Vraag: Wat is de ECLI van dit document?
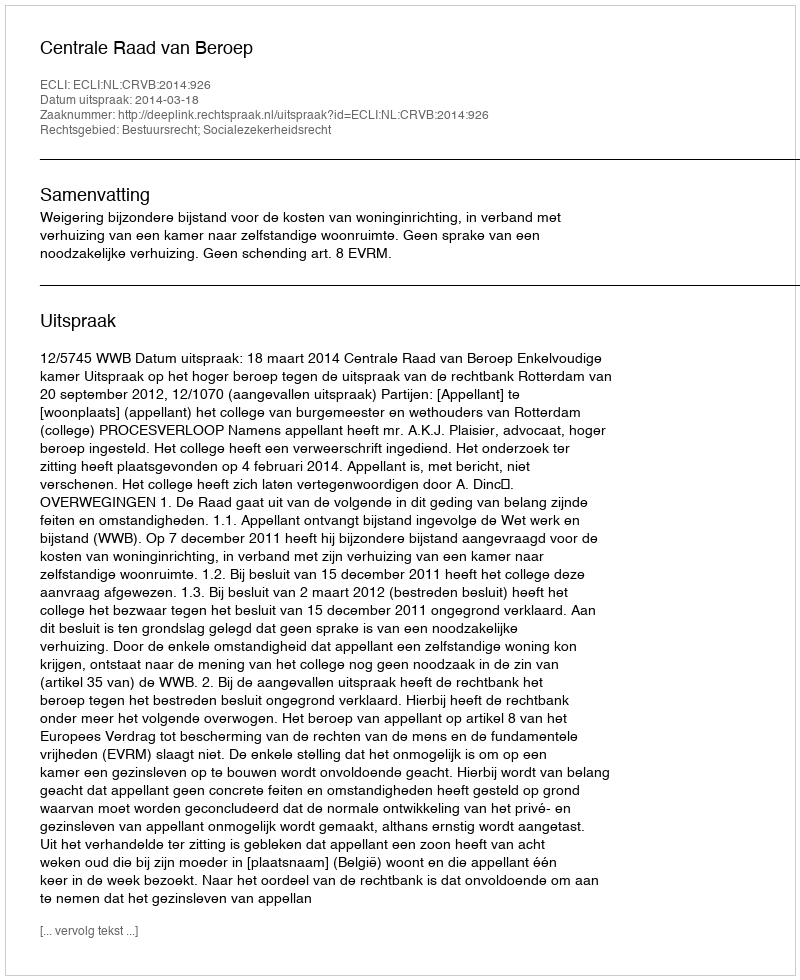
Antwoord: ECLI:NL:CRVB:2014:926